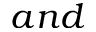
a n d